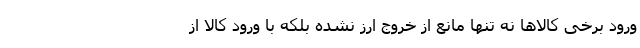
ورود برخی کالاها نه تنها مانع از خروج ارز نشده بلکه با ورود کالا از